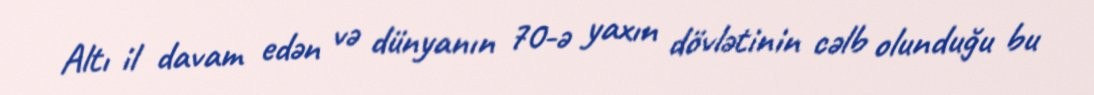
Altı il davam edən və dünyanın 70-ə yaxın dövlətinin cəlb olunduğu bu